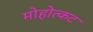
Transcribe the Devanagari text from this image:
मोहोत्कट